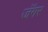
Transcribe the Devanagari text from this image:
जॅगर